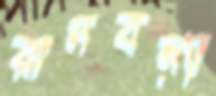
রানবন্যা